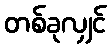
တစ်ခုလျှင်